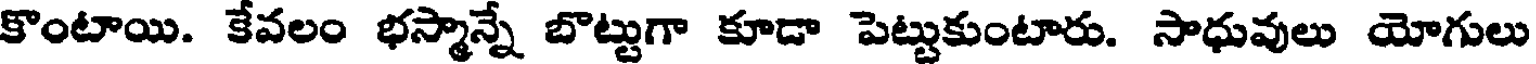
కొంటాయి. కేవలం భస్మాన్నే బొట్టుగా కూడా పెట్టుకుంటారు. సాధువులు యోగులు